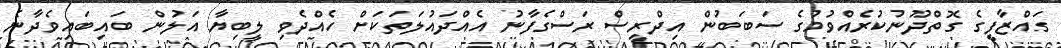
ގައްޒާފީގެ ގޮތްދޫނުކުރެއްވުމުގެ ސަބަބުން އިދްރީސް ރަސްގެފާނު އެއްދައުލަތަކަށް ހެއްދެވި ލީބިޔާ އަލުން ބައިބައިވެދާނެ